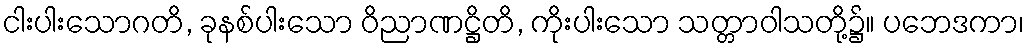
ငါးပါးသောဂတိ, ခုနစ်ပါးသော ဝိညာဏဋ္ဌိတိ, ကိုးပါးသော သတ္တာဝါသတို့၌။ ပဘေဒကာ၊